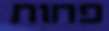
פחות